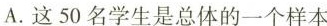
A.这50名学生是总体的一个样本